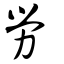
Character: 勞